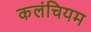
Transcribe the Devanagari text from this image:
कलंचियम